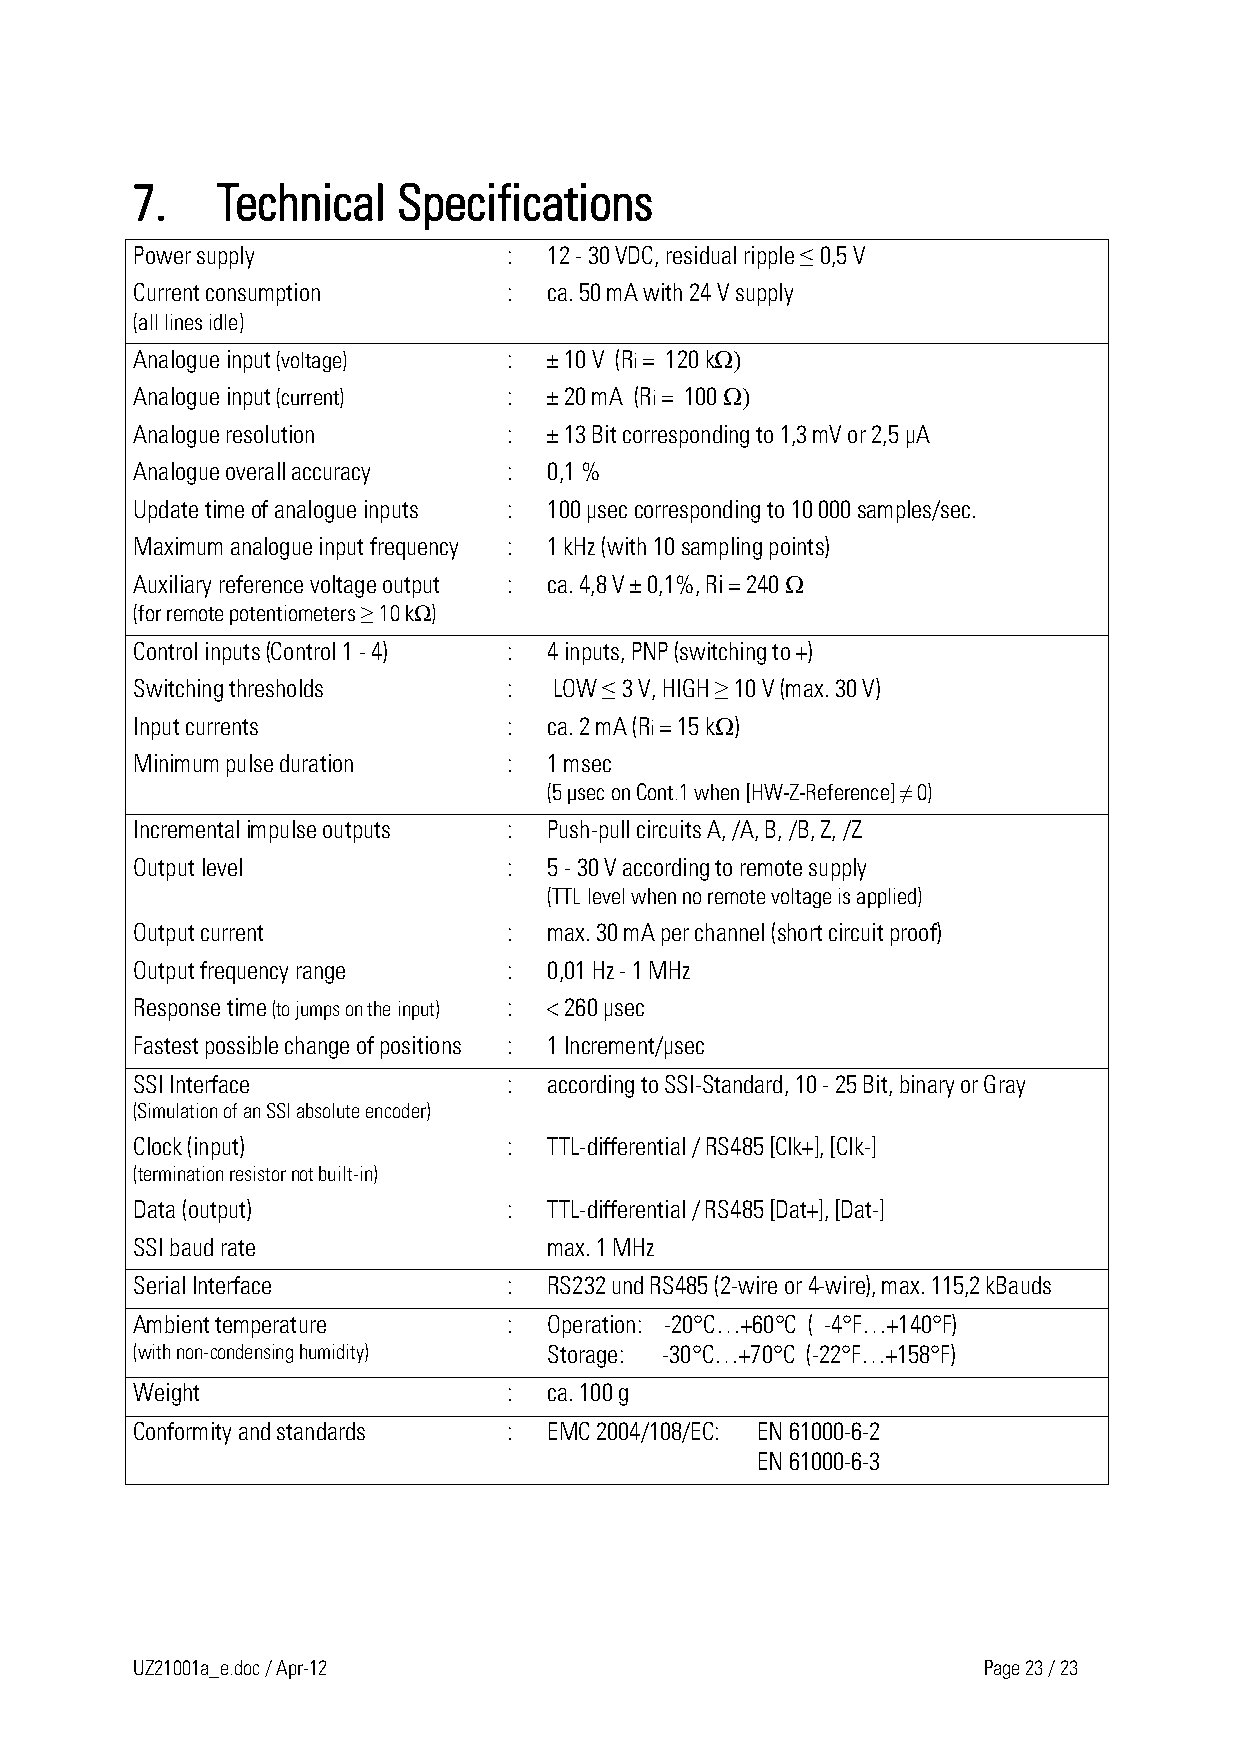
7.   Technical   Specifications
 Power supply             : 12 - 30 VDC, residual ripple ≤ 0,5 V
 Current consumption      : ca. 50 mA with 24 V supply
 (all lines idle)
 Analogue input (voltage) : ± 10 V (Ri = 120 kΩ)
 Analogue input (current) : ± 20 mA (Ri = 100 Ω)
 Analogue resolution      : ± 13 Bit corresponding to 1,3 mV or 2,5 µA
 Analogue overall accuracy : 0,1 %
 Update time of analogue inputs : 100 µsec corresponding to 10 000 samples/sec.
 Maximum analogue input frequency : 1 kHz (with 10 sampling points)
 Auxiliary reference voltage output : ca. 4,8 V ± 0,1%, Ri = 240 Ω
 (for remote potentiometers ≥ 10 kΩ)
 Control inputs (Control 1 - 4) : 4 inputs, PNP (switching to +)
 Switching thresholds     :  LOW ≤ 3 V, HIGH ≥ 10 V (max. 30 V)
 Input currents           : ca. 2 mA (Ri = 15 kΩ)
 Minimum pulse duration   : 1 msec
 (5 µsec on Cont.1 when [HW-Z-Reference] ≠ 0)
 Incremental impulse outputs : Push-pull circuits A, /A, B, /B, Z, /Z
 Output level             : 5 - 30 V according to remote supply
 (TTL level when no remote voltage is applied)
 Output current           : max. 30 mA per channel (short circuit proof)
 Output frequency range   : 0,01 Hz - 1 MHz
 Response time (to jumps on the input) : < 260 µsec
 Fastest possible change of positions : 1 Increment/µsec
 SSI Interface            : according to SSI-Standard, 10 - 25 Bit, binary or Gray
 (Simulation of an SSI absolute encoder)
 Clock (input)            : TTL-differential / RS485 [Clk+], [Clk-]
 (termination resistor not built-in)
 Data (output)            : TTL-differential / RS485 [Dat+], [Dat-]
 SSI baud rate              max. 1 MHz
 Serial Interface         : RS232 und RS485 (2-wire or 4-wire), max. 115,2 kBauds
 Ambient temperature      : Operation: -20°C…+60°C ( -4°F…+140°F)
 (with non-condensing humidity) Storage: -30°C…+70°C (-22°F…+158°F)
 Weight                   : ca. 100 g
 Conformity and standards : EMC 2004/108/EC: EN 61000-6-2
 EN 61000-6-3
 UZ21001a_e.doc / Apr-12                                 Page 23 / 23